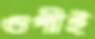
গুপীই